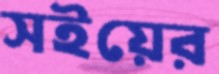
সইয়ের